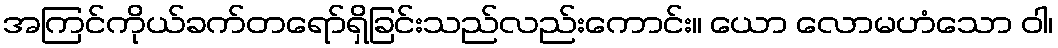
အကြင်ကိုယ်ခက်တရော်ရှိခြင်းသည်လည်းကောင်း။ ယော လောမဟံသော ဝါ၊